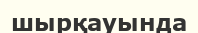
шырқауында